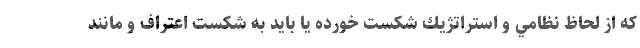
كه از لحاظ نظامي و استراتژيك شكست خورده يا بايد به شكست اعتراف و مانند